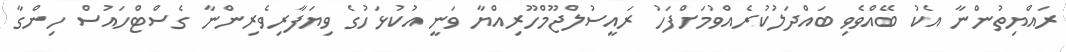
ރައްޔިތުންނާ އެކު ބޭއްވެވި ބައްދަލުކުރެއްވުމަށްފަހު ރައީސުލްޖޫމްހޫރިއްޔާ ވަނީ އުކުޅަހުގެ ވިޔަފާރިވެރިންނާ ގެސްޓްހައުސް ހިންގާ